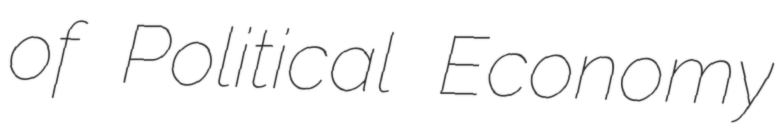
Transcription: of Political Economy